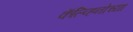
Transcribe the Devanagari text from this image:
कॅल्व्हिनोच्या